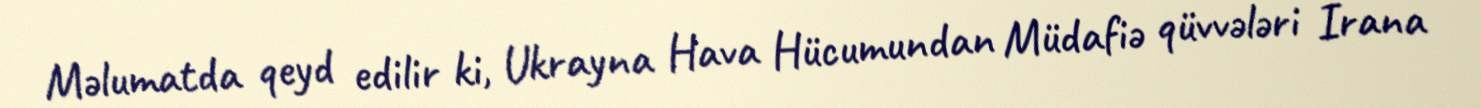
Məlumatda qeyd edilir ki, Ukrayna Hava Hücumundan Müdafiə qüvvələri İrana